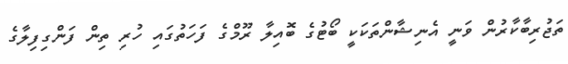
ތަޖުރިބާކާރުން ވަނީ އެނިޝާންތަކަކީ ބޯޓުގެ ބޮއިލާ ރޫމްގެ ފަހަތުގައި ހުރި ތިން ފަންގިފިލާގެ